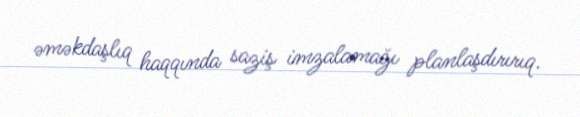
əməkdaşlıq haqqında saziş imzalamağı planlaşdırırıq.